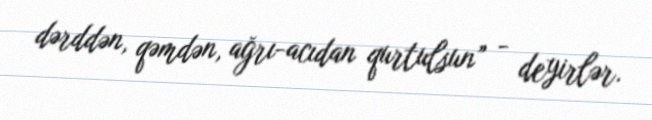
dərddən, qəmdən, ağrı-acıdan qurtulsun” - deyirlər.